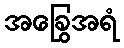
အခြွေအရံ